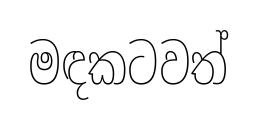
මඳකටවත්